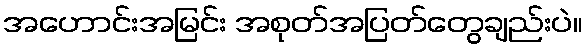
အဟောင်းအမြင်း အစုတ်အပြတ်တွေချည်းပဲ။